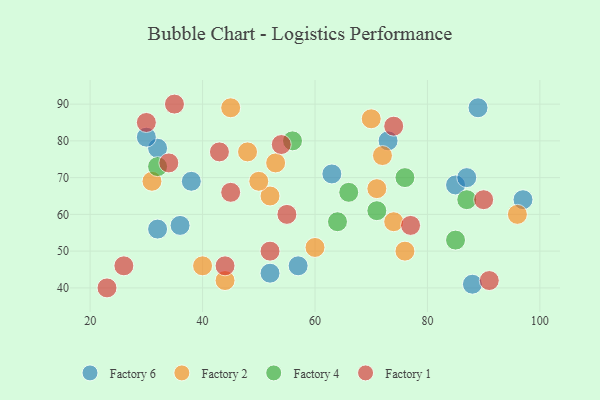
{"axis": {"x": "GDP", "y": "Life Expectancy"}, "legend": ["Factory 1", "Factory 2", "Factory 4", "Factory 6"], "data": [{"x": "85", "y": 68, "type": "Factory 6"}, {"x": "89", "y": 89, "type": "Factory 6"}, {"x": "73", "y": 80, "type": "Factory 6"}, {"x": "38", "y": 69, "type": "Factory 6"}, {"x": "36", "y": 57, "type": "Factory 6"}, {"x": "32", "y": 56, "type": "Factory 6"}, {"x": "63", "y": 71, "type": "Factory 6"}, {"x": "97", "y": 64, "type": "Factory 6"}, {"x": "52", "y": 44, "type": "Factory 6"}, {"x": "87", "y": 70, "type": "Factory 6"}, {"x": "88", "y": 41, "type": "Factory 6"}, {"x": "32", "y": 78, "type": "Factory 6"}, {"x": "57", "y": 46, "type": "Factory 6"}, {"x": "30", "y": 81, "type": "Factory 6"}, {"x": "52", "y": 65, "type": "Factory 2"}, {"x": "72", "y": 76, "type": "Factory 2"}, {"x": "76", "y": 50, "type": "Factory 2"}, {"x": "70", "y": 86, "type": "Factory 2"}, {"x": "48", "y": 77, "type": "Factory 2"}, {"x": "96", "y": 60, "type": "Factory 2"}, {"x": "53", "y": 74, "type": "Factory 2"}, {"x": "71", "y": 67, "type": "Factory 2"}, {"x": "50", "y": 69, "type": "Factory 2"}, {"x": "45", "y": 89, "type": "Factory 2"}, {"x": "40", "y": 46, "type": "Factory 2"}, {"x": "74", "y": 58, "type": "Factory 2"}, {"x": "44", "y": 42, "type": "Factory 2"}, {"x": "31", "y": 69, "type": "Factory 2"}, {"x": "60", "y": 51, "type": "Factory 2"}, {"x": "71", "y": 61, "type": "Factory 4"}, {"x": "64", "y": 58, "type": "Factory 4"}, {"x": "85", "y": 53, "type": "Factory 4"}, {"x": "66", "y": 66, "type": "Factory 4"}, {"x": "56", "y": 80, "type": "Factory 4"}, {"x": "32", "y": 73, "type": "Factory 4"}, {"x": "87", "y": 64, "type": "Factory 4"}, {"x": "76", "y": 70, "type": "Factory 4"}, {"x": "90", "y": 64, "type": "Factory 1"}, {"x": "45", "y": 66, "type": "Factory 1"}, {"x": "26", "y": 46, "type": "Factory 1"}, {"x": "91", "y": 42, "type": "Factory 1"}, {"x": "52", "y": 50, "type": "Factory 1"}, {"x": "35", "y": 90, "type": "Factory 1"}, {"x": "43", "y": 77, "type": "Factory 1"}, {"x": "74", "y": 84, "type": "Factory 1"}, {"x": "77", "y": 57, "type": "Factory 1"}, {"x": "44", "y": 46, "type": "Factory 1"}, {"x": "34", "y": 74, "type": "Factory 1"}, {"x": "30", "y": 85, "type": "Factory 1"}, {"x": "54", "y": 79, "type": "Factory 1"}, {"x": "55", "y": 60, "type": "Factory 1"}, {"x": "23", "y": 40, "type": "Factory 1"}]}